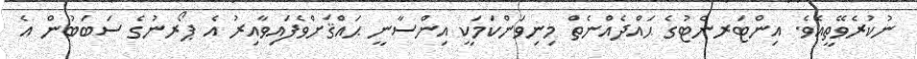
ނުކުރެވޭތީއެވެ. އިންޓަރނެޓުގެ ޙައްދެއްނެތް މިނިވަންކަމަކީ އިންސާނީ ޙައްޤަށްވެފައިވާއިރު އެ ޕޯރނުގެ ސަބަބުން އެ